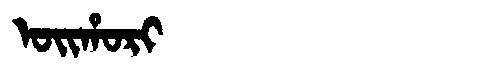
Manchu: ᠣᡳᡥᠣᡵᡳ
Romanization: OIHORI